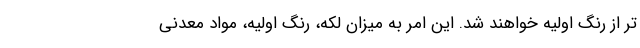
تر از رنگ اولیه خواهند شد. این امر به میزان لکه، رنگ اولیه، مواد معدنی